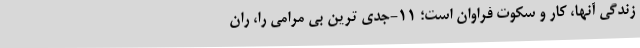
زندگی آنها، کار و سکوت فراوان است؛ 11-جدی­ ترین بی­ مرامی را، ران